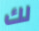
لك